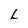
Character: L